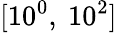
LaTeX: [10^{0},~10^{2}]